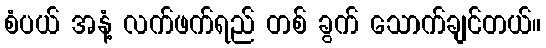
စံပယ် အနံ့ လက်ဖက်ရည် တစ် ခွက် သောက်ချင်တယ်။